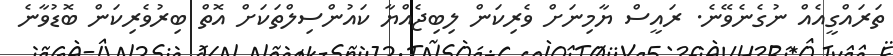
ތަރައްްގީއެއް ނުގެނެވޭނެ. ރައީސް ޔާމިނަށް ވެރިކަން ލިބިޖެއްޔާ ކައުންސިލްތަކަށް އޮތް ބިރުވެރިކަން ބޮޑުވާނެ